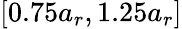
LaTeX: [0.75a_{r},1.25a_{r}]